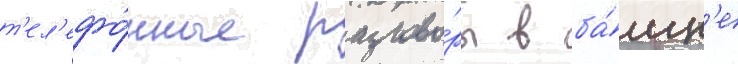
т'ел'ефо́нные разгово́ры в ба́шн'е